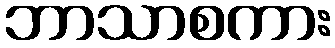
ဘာသာစကား